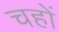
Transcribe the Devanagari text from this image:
चहों